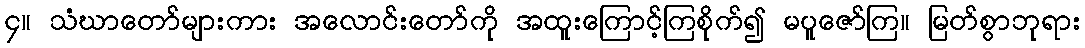
၄။ သံဃာတော်များကား အလောင်းတော်ကို အထူးကြောင့်ကြစိုက်၍ မပူဇော်ကြ။ မြတ်စွာဘုရား